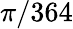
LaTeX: \pi/364